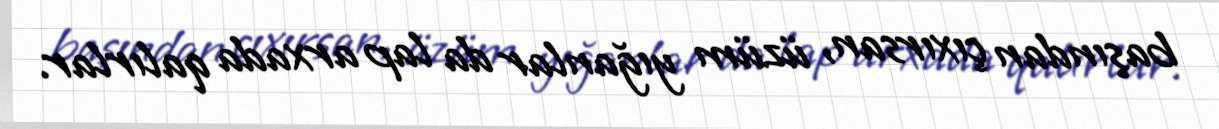
başından çıxırsan, üzüm yığanlar da lap arxada qalırlar.